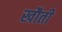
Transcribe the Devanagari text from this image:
खौती